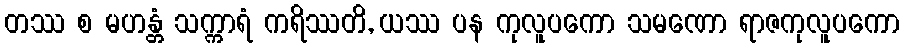
တဿ စ မဟန္တံ သက္ကာရံ ကရိဿတိ, ယဿ ပန ကုလူပကော သမဏော ရာဇကုလူပကော